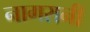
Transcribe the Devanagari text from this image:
नागरानी